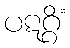
ပဋဂ္ဂိံ